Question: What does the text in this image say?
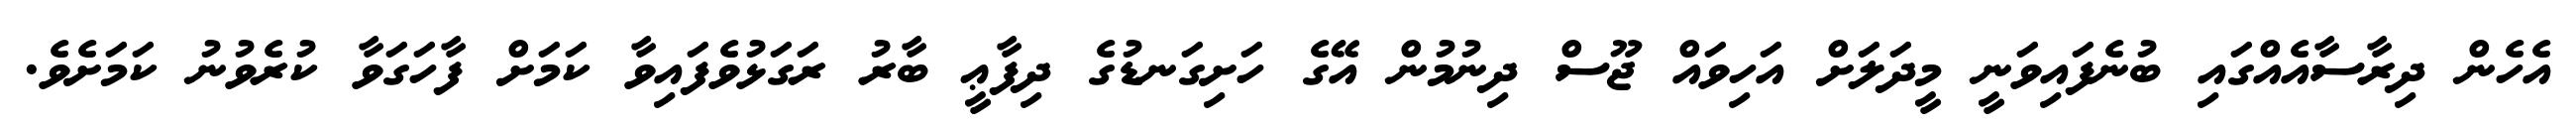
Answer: އެހެން ދިރާސާއެއްގައި ބުނެފައިވަނީ މީދަލަށް އަހިވައް ޖޫސް ދިނުމުން އޭގެ ހަށިގަނޑުގެ ދިފާޢީ ބާރު ރަގަޅުވެފައިވާ ކަމަށް ފާހަގަވާ ކުރެވުނު ކަމަށެވެ.